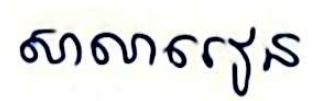
សាលារៀន